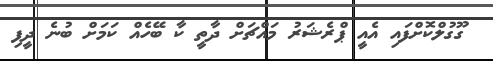
ގޫގުލްކޮށްފައި އެއީ ޕްރެޝަރު މައްޗަށް ދާތީ ކާ ބޭހެއް ކަމަށް ބުނެ ދީފި